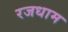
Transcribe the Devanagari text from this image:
रजधाम